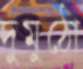
দুমুঠো